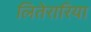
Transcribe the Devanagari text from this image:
लितेरारिया